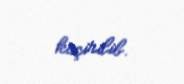
keçirilib.